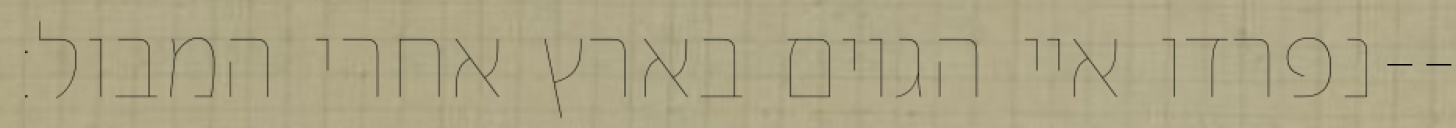
נפרדו איי הגוים בארץ אחרי המבול׃--